Reports on military cantonments and civil stations in the Presidency of Bombay inspected by the Sanitary Commissioner in the years 1875 and 1876
Year: 1875
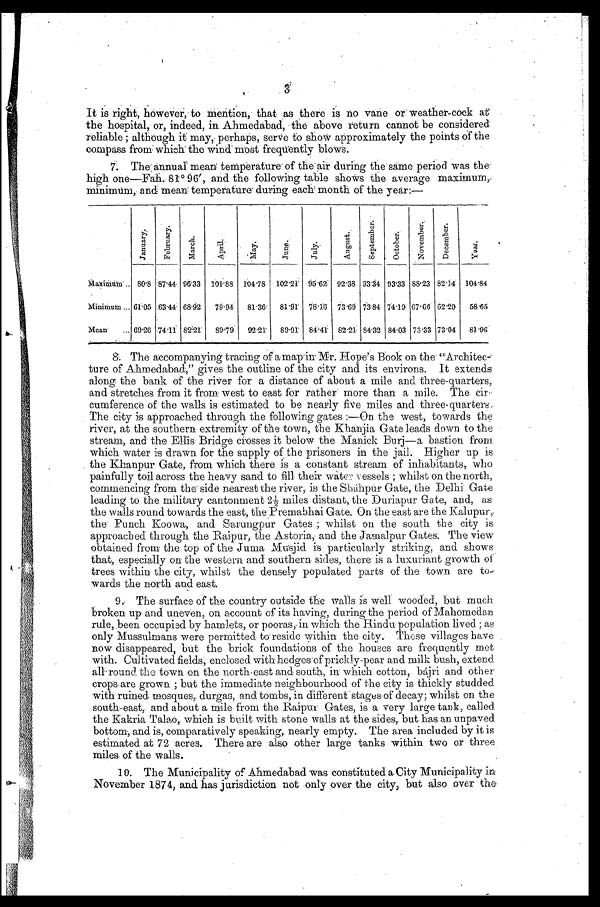
3'
It is right, however, to mention, that as there is no vane or weather-cock at;
the hospital, or, indeed, in. Ahmedabad, the above return cannot be considered:
reliable ; although it may, perhaps, serve to show approximately the points of the
compass from. which the wind. most frequently blows.
7. The' annual mean temperature' of the air during the same period was the
high one—Fah. 81°96', and the following table shows the average maximum,
minimum, and- mean temperature' during each month of the year:—
ta'
4
0
F.
41
4
A
–
L
' '`A
g'
0
•-•J
S
0
g.,,
0
-<d
.-"'
F
yea
v
co
g
.2 0
4E;
0
g 0
”c1
§
o
'4
‘.0
E , c3
a)
A
-
c,
Majcifianin• ..
Minimum ...
Mean
...
, . .
80'3
61 .05
69 .26
87'44.
63.44
. 74 '11.
96'33
68.92
82'21
101 .88
79-94.
8919
/04 •78
81'36'
92-21`1
02 .21'
81 .91'
89.91
95 .62:
78'1'6
84 .41'
92 .38
73 .69
82 .21:
93'34
73.84
84.32
93.33
74 '19,
84 .03
88'23
67 . 66
73'33
82'14
62 .20
73'04
104.84
58.65
81.9(3
8. The accompanying tracing of a mapin: Mr. Hope's Book on the' "Architec--
ture of Ahmedabad. ," gives the outline of the city and its environs. It extends
along the bank of the river for a distance of about a mile and three-quarters,
and stretches from it from west to east for rather more than a mile. The cir-
cumference of the walls is estimated to be nearly five miles and three-quarters,
The city is approached through the following gates :—On the west, towards the
river, at the southern extremity of the town, the Khanjia Gate leads down to the
stream, and the Ellis Bridge crosses it below the Manick Burj—a bastion from
which water is drawn for the supply of, the prisoners in the jail. Higher up is:
the Khnnpur Gate, from which there is a constant stream of inhabitants, who
painfully toil across the heavy sand to fill their water' t essels ; whilst on the north,
commencing from the' side nearest the river,. is the Shiihpur Gate, the Delhi Gate
leading to the military cantonment 22 miles distant, the Duriapur Gate, and, as
the walls round towards the east, the Premabhai Gate. On the east are the Kalupur;
the Punch Koowa,. and Sarungpur Gates ; whilst on the south the city is
approached through the Raipur, the Astoria, and the Ja,malpur Gates. The view
obtained from the top of the Juma Musjid is particularly striking, and shows
that, especially on the western and southern sides, there is a luxuriant growth of
trees within the city, whilst the densely populated parts of the town are to-
wards the north and east.
9., The surface of the country outside the walls is well wooded, but much:
broken up and uneven, on account of its having, during the period of Mahomedan.
rule, been occupiad by hamlets, or pooras; in which the Hindu population lived ; as
only Mussulmans were permitted to' reside within the city. These villages have
now disappeared, but the brick foundations of the houses are frequently met
with. Cultivated fields, enclosed with hedges'of prickly-pear and milk bush, extend.
all-round_ the town on the north-east and south, in: which cotton, bAjri and other
crops. are grown ;. but the immediate neighbourhood of the city is thickly studded
with ruined mosques,. durgas, and tombs, in different *stages of decay; whilst on the
south-east, and about a mile from the Raiput Gates, is a very large tank, called.
the Kakria Tal‘ao, which is built with stone walls at the sides, but has an unpaved
bottom, and is, comparatively speaking, nearly empty. The area included by it is
estimated at 72 acres. There are also other large tanks within two or three
miles. of the walls.
10. The Municipality of Ahmedabad was constituted a City Municipality in
November 1874, and. has jurisdiction not only over the city, but also over the